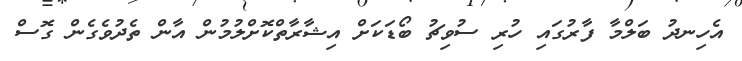
އެހިނދު ބަލްމާ ފާރުގައި ހުރި ސުވިޗު ބޯޑަކަށް އިޝާރާތްކޮށްލުމުން އާން ތެދުވެގެން ގޮސް